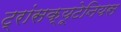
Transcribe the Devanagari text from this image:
ट्रांसक्यूटेनियस